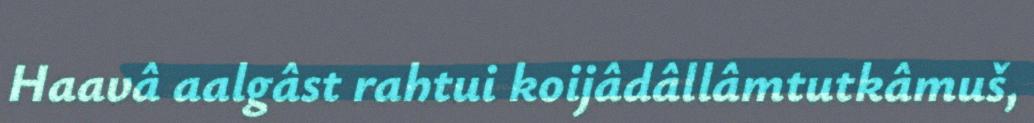
Haavâ aalgâst rahtui koijâdâllâmtutkâmuš,